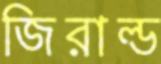
জিরাল্ড